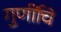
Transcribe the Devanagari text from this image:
गुणींचि